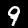
Digit: 9